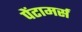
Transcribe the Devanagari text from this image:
पेंटामर्स